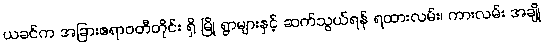
ယခင်က အခြားဧရာဝတီတိုင်း ရှိ မြို့ ရွာများနှင့် ဆက်သွယ်ရန် ရထားလမ်း၊ ကားလမ်း အချို့